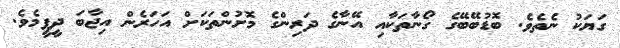
ގަޔަކު ނެތެވެ. ބޮޑުބޭބޭގެ ގޯނާތަކާއި އޭނާގެ ދަރިންގެ މޮށުންތަކަށް އަހަރެން އިޖާބަ ދީފީމެވެ.